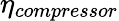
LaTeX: \eta_{compressor}